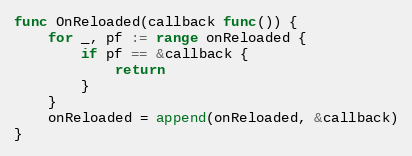
Language: Go
func OnReloaded(callback func()) {
	for _, pf := range onReloaded {
		if pf == &callback {
			return
		}
	}
	onReloaded = append(onReloaded, &callback)
}